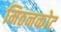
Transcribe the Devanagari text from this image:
मिठनकोट